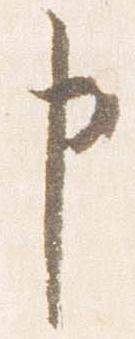
申